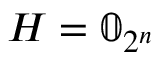
H = \mathbb { 0 } _ { 2 ^ { n } }